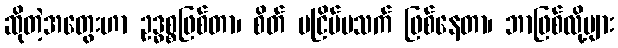
ဆိုတဲ့အတွေးဟာ ဥဒ္ဓစ္စဖြစ်တာ၊ စိတ် မငြိမ်မသက် ဖြစ်နေတာ၊ ဘာဖြစ်လို့များ